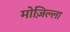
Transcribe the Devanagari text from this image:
मोज़िल्ला